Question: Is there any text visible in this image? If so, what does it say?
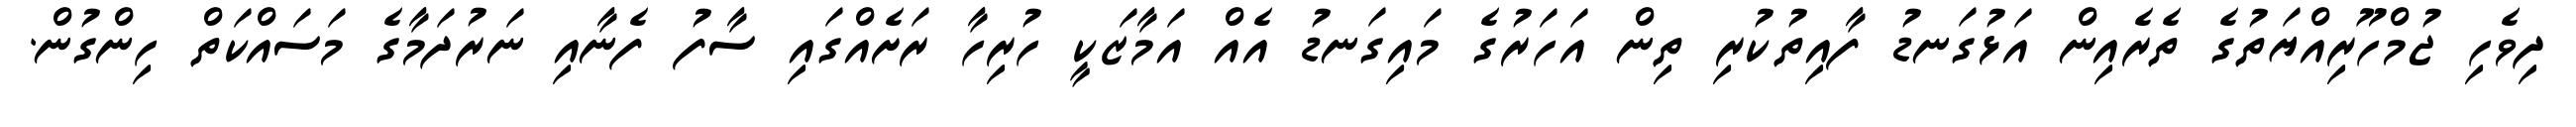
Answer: ދިވެހި ޖުމްހޫރިއްޔަތުގެ ތެރެއިން އަޅުގަނޑު ފާއިތުކުރި ތިން އަހަރުގެ މައިގަނޑު އެއް އަމާޒަކީ ހުރިހާ ރަށެއްގައި ސާފު ފެނާއި ނަރުދަމާގެ މަސައްކަތް ހިންގުން.